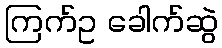
ကြက်ဥ ခေါက်ဆွဲ